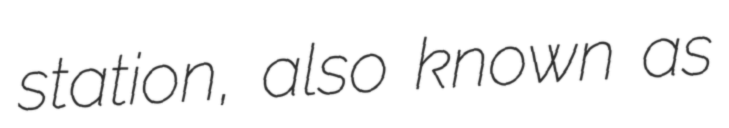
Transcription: station, also known as